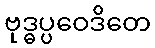
ဗုဒ္ဓပ္ပဝေဒိတေ